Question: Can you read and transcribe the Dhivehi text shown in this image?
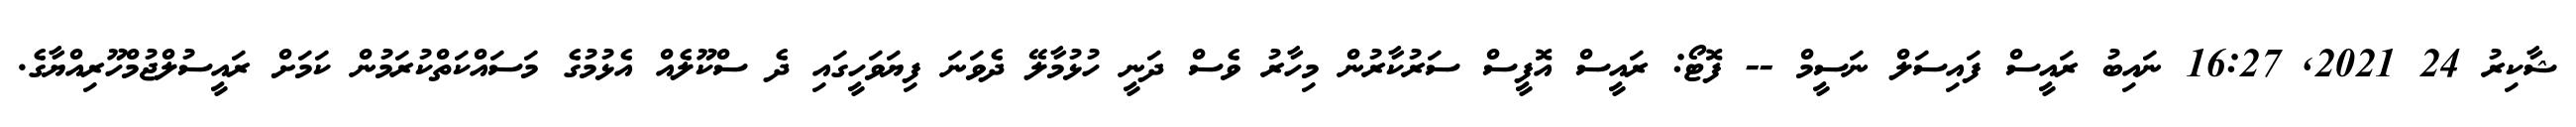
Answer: ޝާކިރު 24 2021, 16:27 ނައިބު ރައީސް ފައިސަލް ނަސީމް -- ފޮޓޯ: ރައީސް އޮފީސް ސަރުކާރުން މިހާރު ވެސް ދަނީ ހުޅުމާލޭ ދެވަނަ ފިޔަވަހީގައި ދެ ސްކޫލެއް އެޅުމުގެ މަސައްކަތްކުރަމުން ކަމަށް ރައީސުލްޖުމްހޫރިއްޔާގެ.